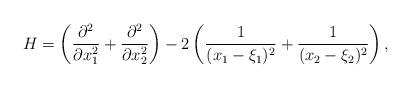
LaTeX: \begin{align*}H =\left(\frac{\partial^2}{\partial x_1^2} + \frac{\partial^2}{\partial x_2^2}\right)- 2 \left(\frac{1}{(x_1 - \xi_1)^2} + \frac{1}{(x_2 - \xi_2)^2}\right),\end{align*}